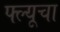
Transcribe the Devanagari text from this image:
फ्ल्यूचा